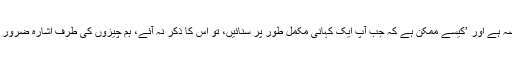
‘سرمد کھوسٹ نے یہ بھی کہا کہ مذہب ہماری روزمرہ زندگی کا حصہ ہے اور ’کیسے ممکن ہے کہ جب آپ ایک کہانی مکمل طور پر سنائیں، تو اس کا ذکر نہ آئے، ہم چیزوں کی طرف اشارہ ضرور کر رہے ہیں مگر بالکل صاف ہے کہ وہ فلم کا مرکزی خیال نہیں ہے۔